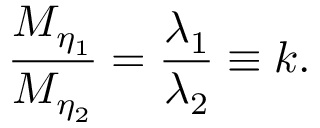
{ \frac { M _ { \eta _ { 1 } } } { M _ { \eta _ { 2 } } } } = { \frac { \lambda _ { 1 } } { \lambda _ { 2 } } } \equiv k .